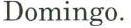
Domingo.